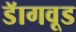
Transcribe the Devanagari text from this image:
डॅागवूड